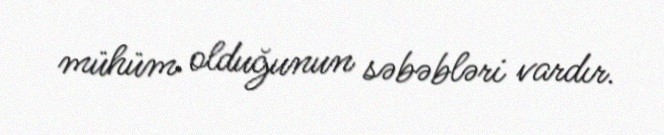
mühüm olduğunun səbəbləri vardır.